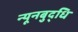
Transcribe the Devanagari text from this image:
न्यूनबुद्धि